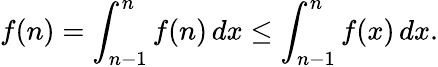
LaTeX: f(n)=\int_{n-1}^{n}f(n)\, dx\leq\int_{n-1}^{n}f(x)\, dx.